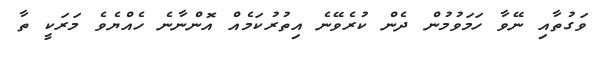
ވަގުތާއި ނޭވާ ހަމަވުމުން ދެން ކުރެވޭނެ އިތުރުކަމެއް އޮންނާނެ ހެއްޔެވެ މަރަކީ ތާ